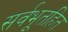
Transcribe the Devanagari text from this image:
सर्वभूतहित